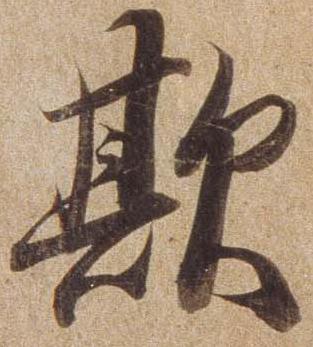
欺